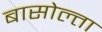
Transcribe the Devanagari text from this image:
बासोल्ता